Report of the Indian Hemp Drugs Commission, 1894-1895 - Volume IV
Year: 1894
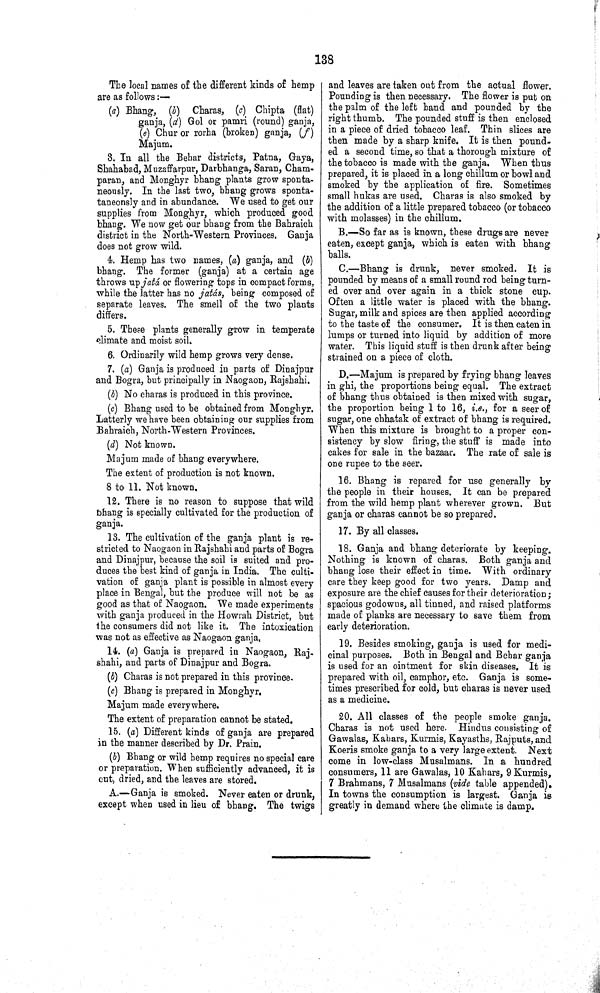
138
The local names of the different kinds of hemp
are as follows:—
(a) Bhang, (b) Charas, (c) Chipta (flat)
ganja, (d) Gol or pamri (round) ganja,
(e) Chur or rorha (broken) ganja, (f)
Majum.
3. In all the Behar districts, Patna, Gaya,
Shahabad, Muzaffarpur, Darbhanga, Saran, Cham-
paran, and Monghyr bhang plants grow sponta¬
neously. In the last two, bhang grows sponta-
taneonsly and in abundance. We used to get our
supplies from Monghyr, which, produced good
bhang. We now get our bhang from the Bahraich
district in the North-Western Provinces. Ganja
does not grow wild.
4. Hemp has two names, (a) ganja, and (b)
bhang. The former (ganja) at a certain age
throws up jatá or flowering tops in compact forms,
while the latter has no jatás, being composed of
separate leaves. The smell of the two plants
differs.
5. These plants generally grow in temperate
climate and moist soil.
6. Ordinarily wild hemp grows very dense.
7. (a) Ganja is produced in parts of Dinajpur
and Bogra, but principally in Naogaon, Rajshahi.
(b) No charas is produced in this province.
(c) Bhang used to be obtained from Monghyr.
Latterly we have been obtaining our supplies from
Bahraich, North-Western Provinces.
(d) Not known.
Majum made of bhang everywhere.
The extent of production is not known.
8 to 11. Not known.
12. There is no reason to suppose that wild
bhang is specially cultivated for the production of
ganja.
13. The cultivation of the ganja plant is re¬
stricted to Naogaon in Rajshahi and parts of Bogra
and Dinajpur, because the soil is suited and pro¬
duces the best kind of ganja in India. The culti¬
vation of ganja plant is possible in almost every
place in Bengal, but the produce will not be as
good as that of Naogaon. We made experiments
with ganja produced in the Howrah District, but
the consumers did not like it. The intoxication
was not as effective as Naogaon ganja.
14. (a) Ganja is prepared in Naogaon, Raj-
shahi, and parts of Dinajpur and Bogra.
(b) Charas is not prepared in this province.
(c) Bhang is prepared in Monghyr.
Majum made everywhere.
The extent of preparation cannot be stated.
15. (a) Different kinds of ganja are prepared
in the manner described by Dr. Prain.
(b) Bhang or wild hemp requires no special care
or preparation. When sufficiently advanced, it is
cut, dried, and the leaves are stored.
A.—Ganja is smoked. Never eaten or drunk,
except when used in lieu of bhang. The twigs
and leaves are taken out from the actual flower.
Pounding is then necessary. The flower is put on
the palm of the left hand and pounded by the
right thumb. The pounded stuff is then enclosed
in a piece of dried tobacco leaf. Thin slices are
then made by a sharp knife. It is then pound¬
ed a second time, so that a thorough mixture of
the tobacco is made with the ganja. When thus
prepared, it is placed in a long chillum or bowl and
smoked by the application of fire. Sometimes
small hukas are used. Charas is also smoked by
the addition of a little prepared tobacco (or tobacco
with molasses) in the chillum.
B.—So far as is known, these drugs are never
eaten, except ganja, which is eaten with bhang
balls.
C.—Bhang is drunk, never smoked. It is
pounded by means of a small round rod being turn¬
ed over and over again in a thick stone cup.
Often a little water is placed with the bhang.
Sugar, milk and spices are then applied according
to the taste of the consumer. It is then eaten in
lumps or turned into liquid by addition of more
water. This liquid stuff is then drunk after being
strained on a piece of cloth.
D.—Majum is prepared by frying bhang leaves
in ghi, the proportions being equal. The extract
of bhang thus obtained is then mixed with sugar,
the proportion being 1 to 16, i.e., for a seer of
sugar, one chhatak of extract of bhang is required.
When this mixture is brought to a proper con¬
sistency by slow firing, the stuff is made into
cakes for sale in the bazaar. The rate of sale is
one rupee to the seer.
16. Bhang is repared for use generally by
the people in their houses. It can be prepared
from the wild hemp plant wherever grown. But
ganja or charas cannot be so prepared.
17. By all classes.
18. Ganja and bhang deteriorate by keeping.
Nothing is known of charas. Both ganja and
bhang lose their effect in time. With ordinary
care they keep good for two years. Damp and
exposure are the chief causes for their deterioration;
spacious godowus, all tinned, and raised platforms
made of planks are necessary to save them from
early deterioration.
19. Besides smoking, ganja is used for medi¬
cinal purposes. Both in Bengal and Behar ganja
is used for an ointment for skin diseases. It is
prepared with oil, camphor, etc. Ganja is some¬
times prescribed for cold, but charas is never used
as a medicine.
20. All classes of the people smoke ganja.
Charas is not used here, Hindus consisting of
Gawalas, Kahars, Kurmis, Kayasths, Rajputs, and
Koeris smoke ganja to a very large extent. Next
come in low-class Musalmans. In a hundred
consumers, 11 are Gawalas, 10 Kahars, 9 Kurmis,
7 Brahmans, 7 Musalmans (vide table appended).
In towns the consumption is largest. Ganja is
greatly in demand where the climate is damp.